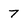
Character: 7